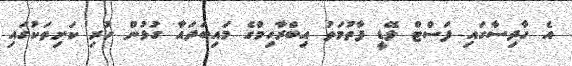
އެ ހާދިސާގައި ފަސްޓް ލޭޑީ ފާތުމަތު އިބްރާހިމްގެ މައިބަދައާ ގުޅުން ހުރި ކަށިތަކުގައި